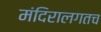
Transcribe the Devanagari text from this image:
मंदिरालगतच